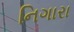
નિગારા